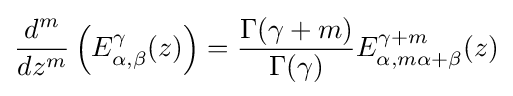
{\frac {d^{m}}{dz^{m}}}\left(E_{\alpha ,\beta }^{\gamma }(z)\right)={\frac {\Gamma (\gamma +m)}{\Gamma (\gamma )}}E_{\alpha ,m\alpha +\beta }^{\gamma +m}(z)